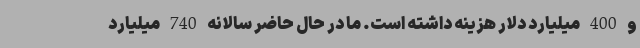
و 400 میلیارد دلار هزینه داشته است. ما در حال حاضر سالانه 740 میلیارد